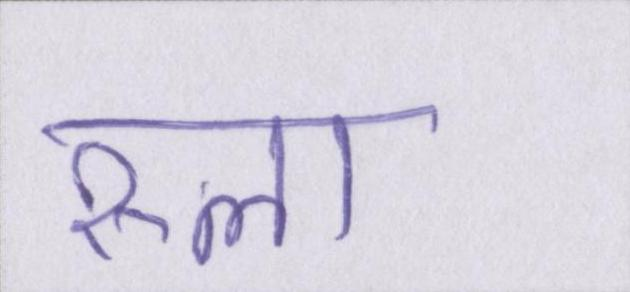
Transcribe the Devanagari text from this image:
रूला